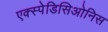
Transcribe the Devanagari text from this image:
एक्स्पेडिसिओनिस